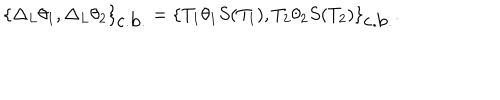
LaTeX: \{ \Delta _ { L } \theta _ { 1 } , \Delta _ { L } \theta _ { 2 } \} _ { \mathrm { c . b . } } = \{ T _ { 1 } \theta _ { 1 } S ( T _ { 1 } ) , T _ { 2 } \theta _ { 2 } S ( T _ { 2 } ) \} _ { \mathrm { c . b . } } .